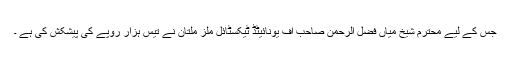
جس کے لیے محترم شیخ میاں فضل الرحمٰن صاحب آف یونائیٹڈ ٹیکسٹائل ملز ملتان نے تیس ہزار روپے کی پیشکش کی ہے ۔